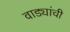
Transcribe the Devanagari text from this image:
वाड्यांची